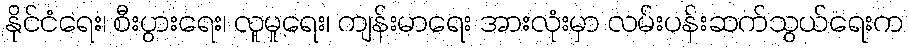
နိုင်ငံရေး၊ စီးပွားရေး၊ လူမှုရေး၊ ကျန်းမာရေး အားလုံးမှာ လမ်းပန်းဆက်သွယ်ရေးက